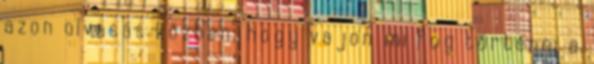
azon olvasás közben, hogy vajon mi fog történni a